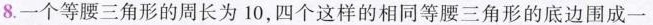
8.一个等腰三角形的周长为10，四个这样的相同等腰三角形的底边围成一